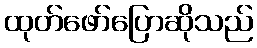
ထုတ်ဖော်ပြောဆိုသည်